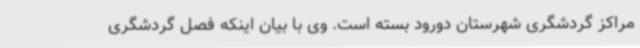
مراکز گردشگری شهرستان دورود بسته است. وی با بیان اینکه فصل گردشگری